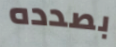
بصدده